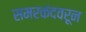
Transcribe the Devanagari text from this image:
समरकंदवरून